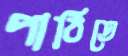
পাঠিতে